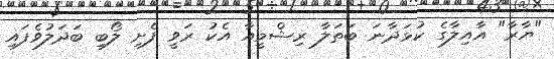
"ޔާރާ" އާއިލާގެ ކުޅަދާނަ ބަތަލާ ރިޝްމީއާ އެކު ރަވީ ފެށި ލޯބި ބަދަލުވެފައި